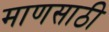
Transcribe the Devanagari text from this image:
माणसाठी